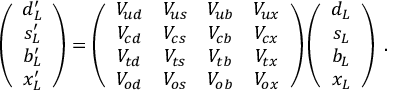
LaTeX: \left( \begin{array} { c } { { d _ { L } ^ { \prime } } } \\ { { s _ { L } ^ { \prime } } } \\ { { b _ { L } ^ { \prime } } } \\ { { x _ { L } ^ { \prime } } } \end{array} \right) = \left( \begin{array} { c c c c } { { V _ { u d } } } & { { V _ { u s } } } & { { V _ { u b } } } & { { V _ { u x } } } \\ { { V _ { c d } } } & { { V _ { c s } } } & { { V _ { c b } } } & { { V _ { c x } } } \\ { { V _ { t d } } } & { { V _ { t s } } } & { { V _ { t b } } } & { { V _ { t x } } } \\ { { V _ { o d } } } & { { V _ { o s } } } & { { V _ { o b } } } & { { V _ { o x } } } \end{array} \right) \left( \begin{array} { c } { { d _ { L } } } \\ { { s _ { L } } } \\ { { b _ { L } } } \\ { { x _ { L } } } \end{array} \right) \; .